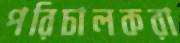
পরিচালকরা